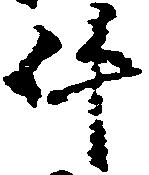
件